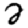
Digit: 2